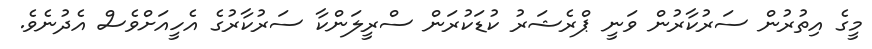
މީގެ އިތުރުން ސަރުކާރުން ވަނީ ޕްރެޝަރު ކުޑަކުރަން ސްރީލަންކާ ސަރުކާރުގެ އެހީއަށްވެސް އެދުނެވެ.